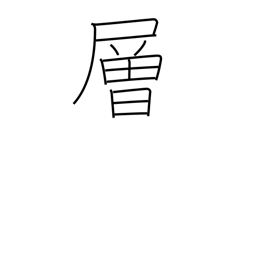
Meaning: story